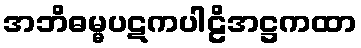
အဘိဓမ္မပဋကပါဠိအဋ္ဌကထာ